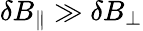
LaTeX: \delta B_{\parallel}\gg\delta B_{\perp}